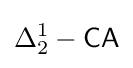
\Delta _{2}^{1}-{\mathsf {CA}}